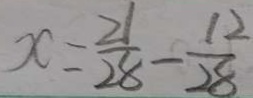
x = \frac { 2 1 } { 2 8 } - \frac { 1 2 } { 2 8 }